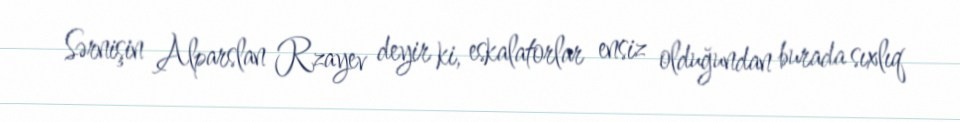
Sərnişin Alparslan Rzayev deyir ki, eskalatorlar ensiz olduğundan burada sıxlıq